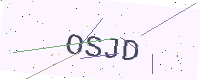
Text: OSJD